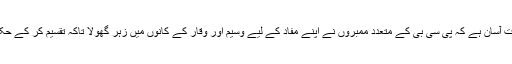
یہ تصور کرنا بہت آسان ہے کہ پی سی بی کے متعدد ممبروں نے اپنے مفاد کے لیے وسیم اور وقار کے کانوں میں زہر گھولا تاکہ تقسیم کر کے حکمرانی کی جائے۔